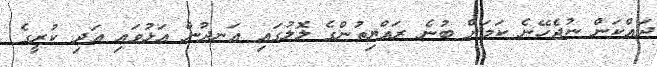
ދައްކަން ނުޖެހޭނެ ކަމަށް ބުނެ ރައްޔިތުންގެ ލޮލުގައި އަނދުން އަޅުވައި އަދި ކުރީގެ